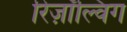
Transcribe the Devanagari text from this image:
रिज़ॉल्विंग